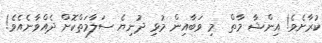
ކުރާށެވެ! އިންޝާ މާތް  މި ވަބާއިން މުޅި ދުނިޔެ ސަލާމަތްކޮށް ދެއްވާނެއެވެ!